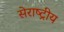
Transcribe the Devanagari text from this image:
सेराष्ट्रीय